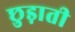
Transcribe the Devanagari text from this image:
छुड़ाती